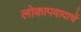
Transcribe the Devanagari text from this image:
लोकापवादाचें